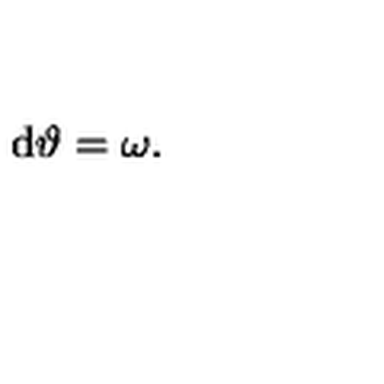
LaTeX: \mathrm { d } \vartheta = \omega .